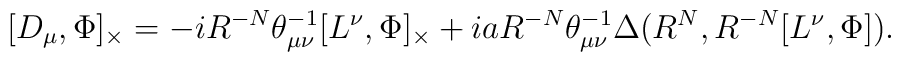
[D_{\mu},\Phi]_{\times}=-iR^{-N}{\theta}^{-1}_{{\mu}{\nu}}[L^{\nu},\Phi]_{\times}+iaR^{-N}{\theta}^{-1}_{{\mu}{\nu}}{\Delta}(R^N,R^{-N}[L^{\nu},\Phi]).